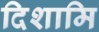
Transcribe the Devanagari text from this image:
दिशामि